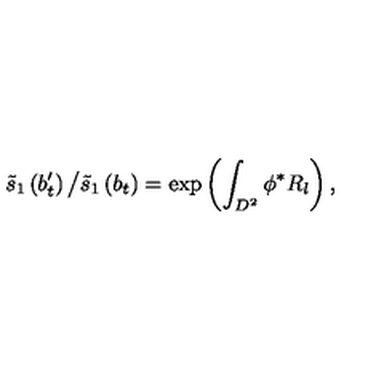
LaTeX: \tilde { s } _ { 1 } \left( b _ { t } ^ { \prime } \right) \big / \tilde { s } _ { 1 } \left( b _ { t } \right) = \exp \left( \int _ { D ^ { 2 } } \phi ^ { * } R _ { l } \right) ,